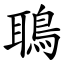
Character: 鵈